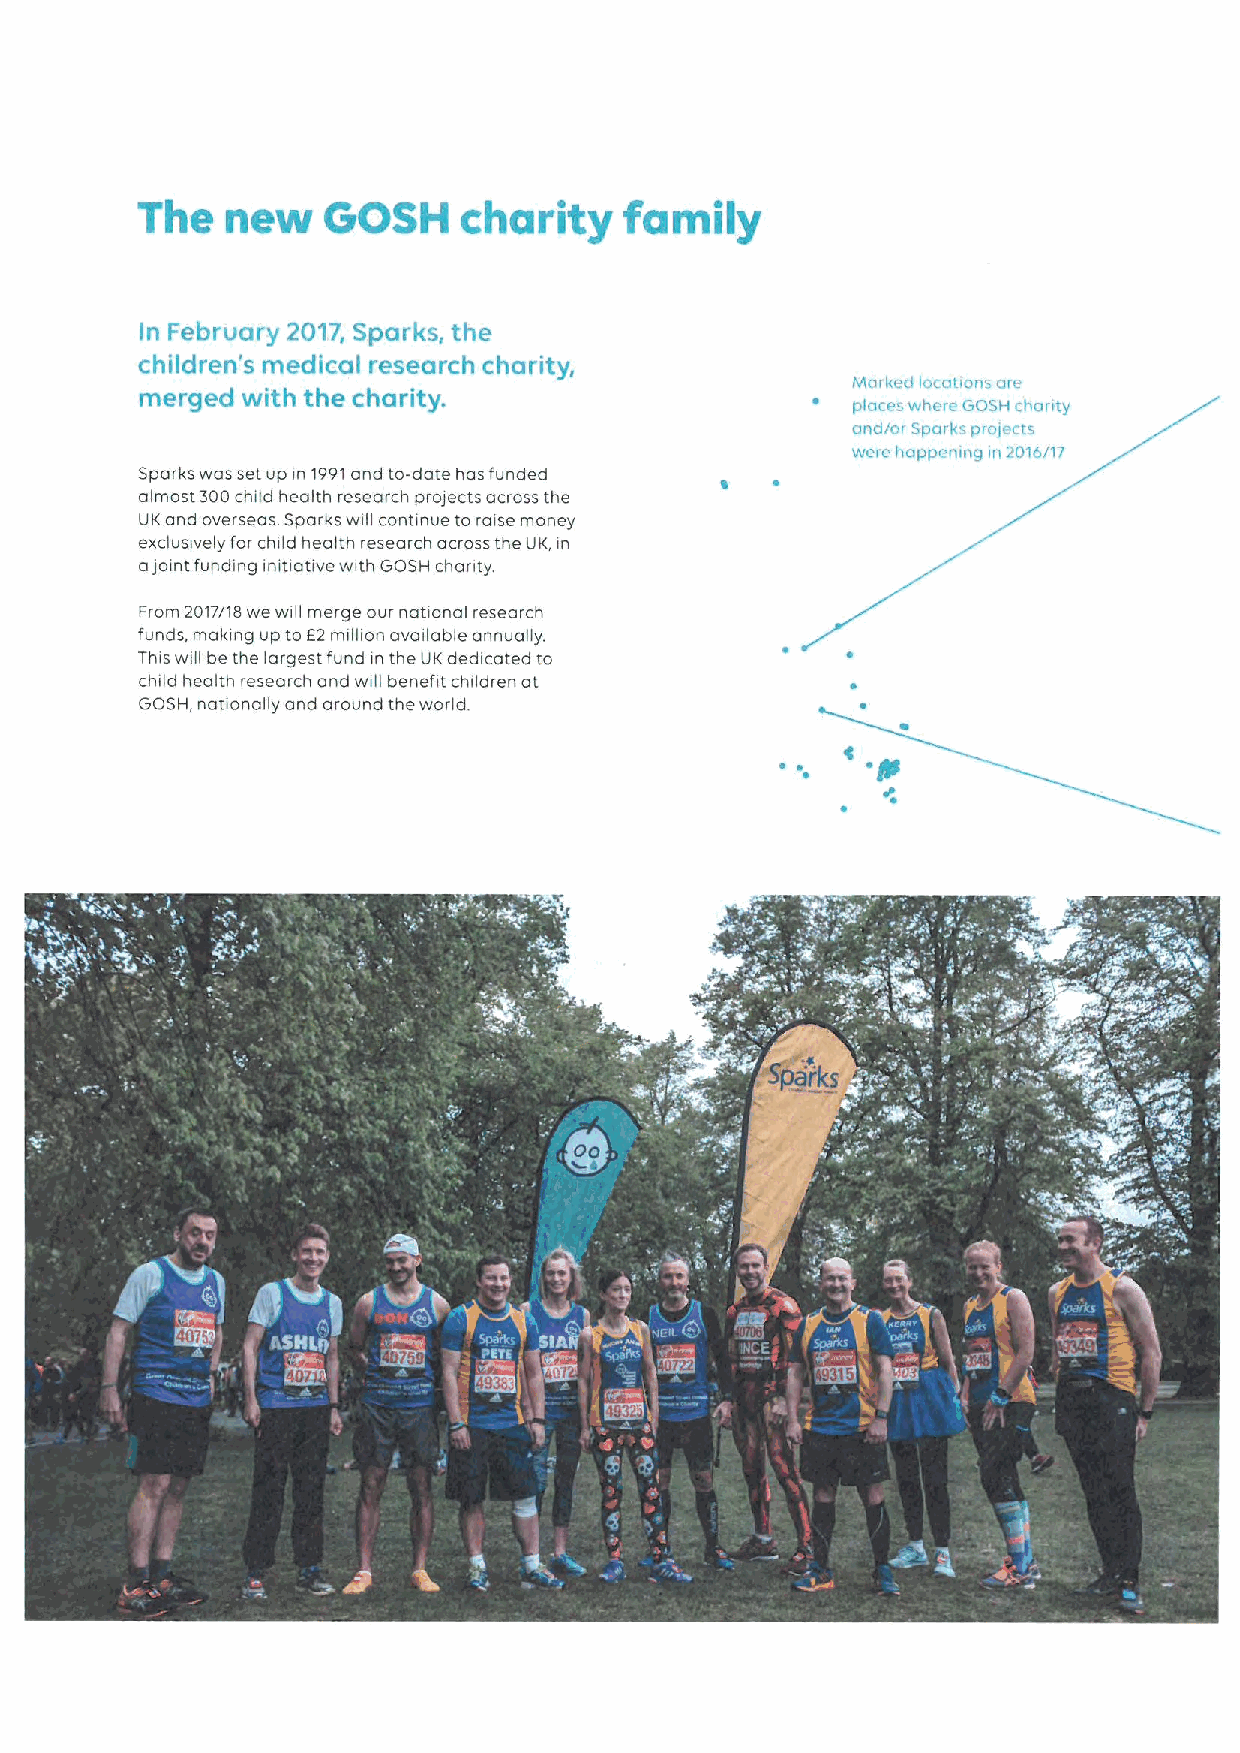
In Felgf t/tgry 2017, Sparfcs, the
 children's medical research chal.
 ity,
 merged with the charity.
 s:«'rr- i nr p-ning i ggk /i
 Sparks was set up in 1991and to-date has funded
 almost 800child health research projects across the
 UK and overseas Sparks will continue to raise money
 exclusively for child health research across the UK, in
 ajoint funding initiative with GOSH chanty.
 From 2017/18 we will merge our national research
 funds, making up to 82 million available annually.
 This will be the largest fund in the UK dedicated to
 child health research and will benefit children at
 GOSH, nationally and around the world.
 K